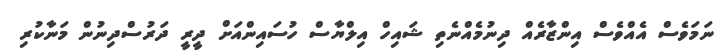
ނަމަވެސް އެއްވެސް އިންޒާރެއް ދިނުމެއްނެތި ޝައިހް އިލްޔާސް ހުސައިންއަށް ދީރީ ދަރުސްދިނުން މަނާކުރި